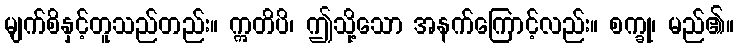
မျက်စိနှင့်တူသည်တည်း။ ဣတိပိ၊ ဤသို့သော အနက်ကြောင့်လည်း။ စက္ခု၊ မည်၏။